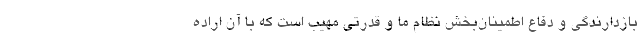
بازدارندگی و دفاع اطمینان‌بخش نظام ما و قدرتی مهیب است که با آن اراده